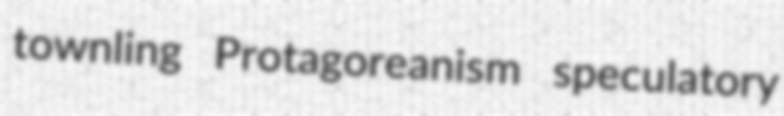
townling Protagoreanism speculatory